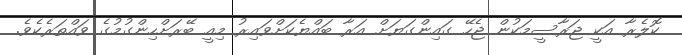
ކޮލެރާ އަކީ ޖަރާސީމަކުން ޖެހޭ ގައިންގަޔަށް އަރާ ބައްޔެކަށްވައިރު މިއީ ބޭރަށްހިންގުމުގެ ވައްތަރެކެވެ.